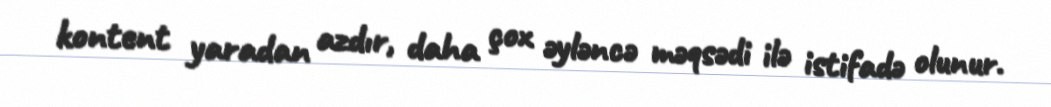
kontent yaradan azdır, daha çox əyləncə məqsədi ilə istifadə olunur.